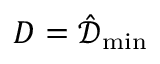
D = \hat { \mathcal { D } } _ { \operatorname* { m i n } }